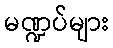
မဏ္ဍပ်များ